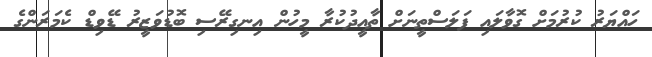
ހައްޔަރު ކުރުމަށް ގޮވާލައި ފަލަސްތީނަށް ތާއީދުކުރާ މީހުން އިނގިރޭސި ބޮޑުވަޒީރު ޑޭވިޑް ކެމަރަންގެ